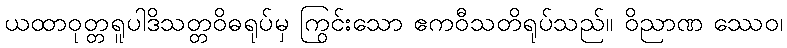
ယထာဝုတ္တရူပါဒိသတ္တဝိဓရုပ်မှ ကြွင်းသော ဧကဝီသတိရုပ်သည်။ ဝိညာဏ ဿေဝ၊